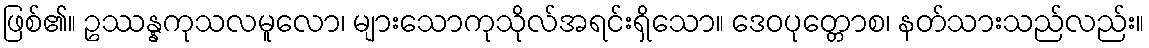
ဖြစ်၏။ ဥဿန္နကုသလမူလော၊ များသောကုသိုလ်အရင်းရှိသော။ ဒေဝပုတ္တောစ၊ နတ်သားသည်လည်း။